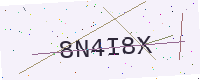
Text: 8N4I8X